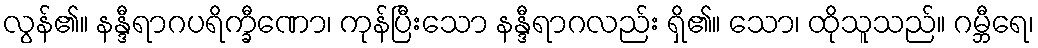
လွန်၏။ နန္ဒီရာဂပရိက္ခီဏော၊ ကုန်ပြီးသော နန္ဒီရာဂလည်း ရှိ၏။ သော၊ ထိုသူသည်။ ဂမ္ဘီရေ၊